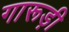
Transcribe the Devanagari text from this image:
गारूड़ी